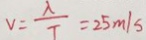
v = \frac { \lambda } { T } = 2 5 m / s